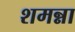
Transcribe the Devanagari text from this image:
शमन्ना